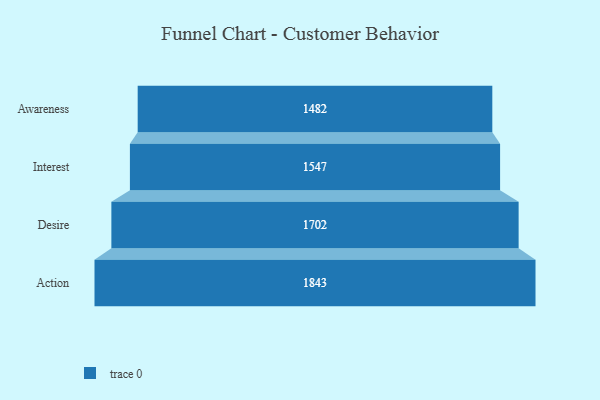
{"axis": {"x": "Stage", "y": "Value"}, "legend": [""], "data": [{"x": "Awareness", "y": 1482.0, "type": ""}, {"x": "Interest", "y": 1547.0, "type": ""}, {"x": "Desire", "y": 1702.0, "type": ""}, {"x": "Action", "y": 1843.0, "type": ""}]}